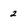
Character: 2